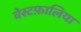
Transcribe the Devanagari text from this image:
वेस्टफ़ालिया